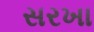
સરખા